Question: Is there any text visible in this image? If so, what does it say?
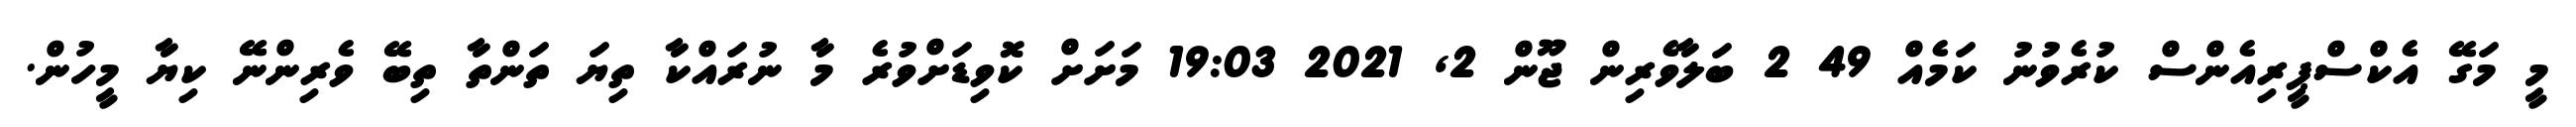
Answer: މީ މަގޭ އެކްސްޕީރިއެންސް ކުރެވުނު ކަމެއް 49 2 ބަލާވެރިން ޖޫން 2, 2021 19:03 މަށަށް ކޮވިޑަށްވުރެ މާ ނުރައްކާ ތިޔަ ތަންތާ ތިބޭ ވެރިންނޭ ކިޔާ މީހުން.